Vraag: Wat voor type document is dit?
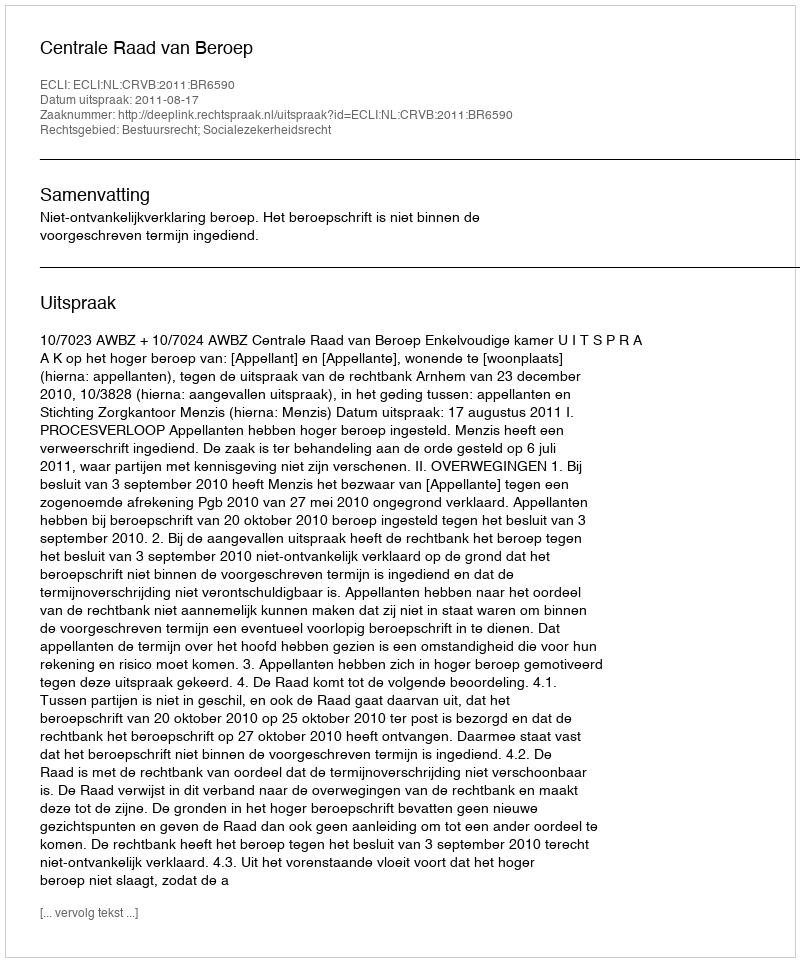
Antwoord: Uitspraak